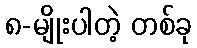
၈-မျိုးပါတဲ့ တစ်ခု